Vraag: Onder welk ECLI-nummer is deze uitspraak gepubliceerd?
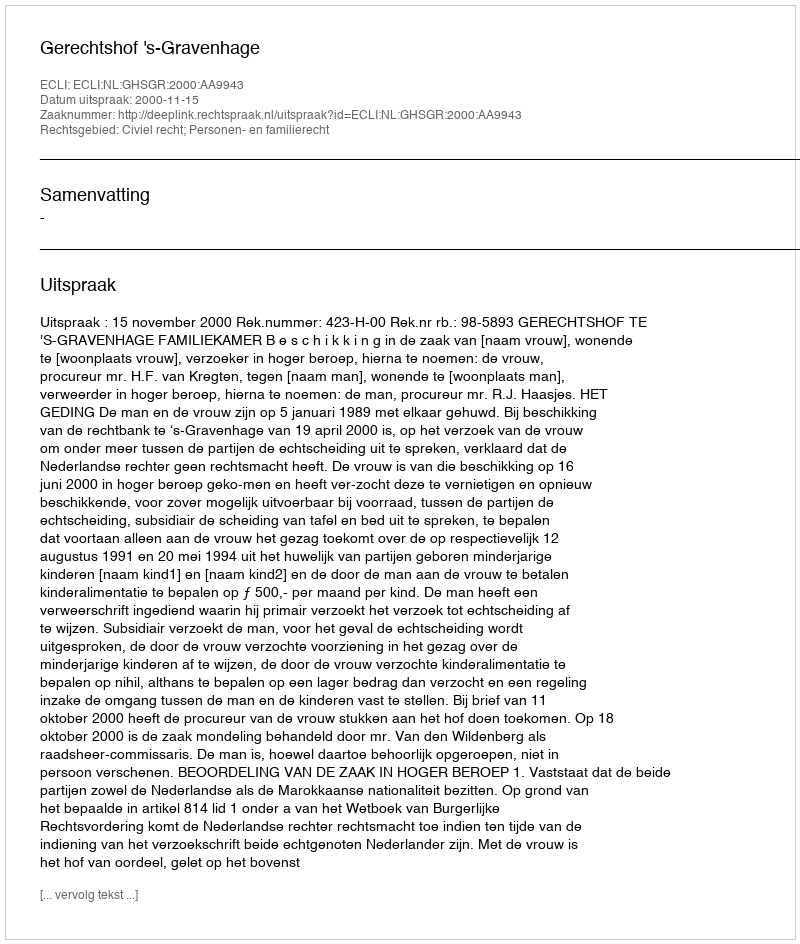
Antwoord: ECLI:NL:GHSGR:2000:AA9943